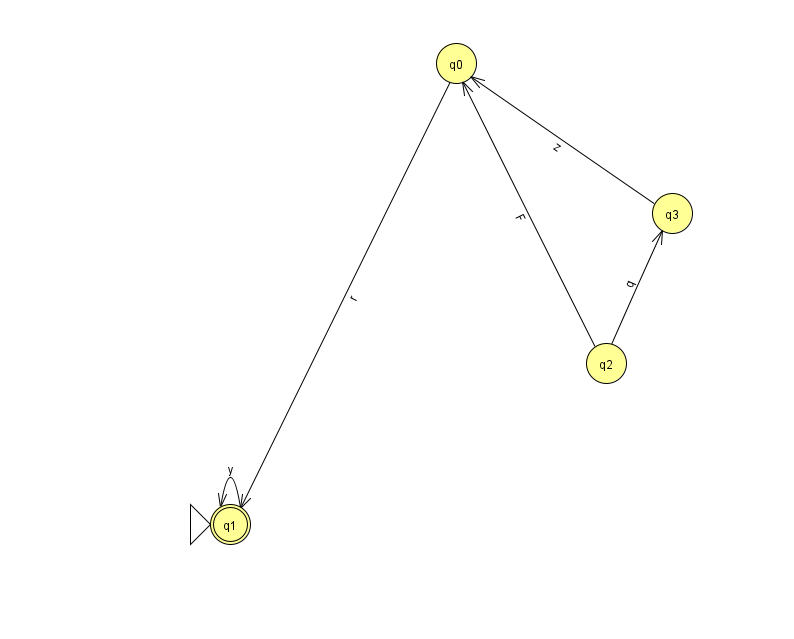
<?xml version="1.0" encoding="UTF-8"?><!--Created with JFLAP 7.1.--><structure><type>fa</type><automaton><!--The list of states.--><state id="0" name="q0"><x>456.0</x><y>50.0</y></state><state id="1" name="q1"><x>230.0</x><y>511.0</y><initial/><final/></state><state id="2" name="q2"><x>606.0</x><y>350.0</y></state><state id="3" name="q3"><x>672.0</x><y>200.0</y></state><!--The list of transitions.--><transition><from>2</from><to>3</to><read>q</read></transition><transition><from>2</from><to>0</to><read>F</read></transition><transition><from>1</from><to>1</to><read>y</read></transition><transition><from>3</from><to>0</to><read>z</read></transition><transition><from>0</from><to>1</to><read>r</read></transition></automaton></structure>